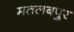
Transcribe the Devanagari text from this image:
मतलबपुर